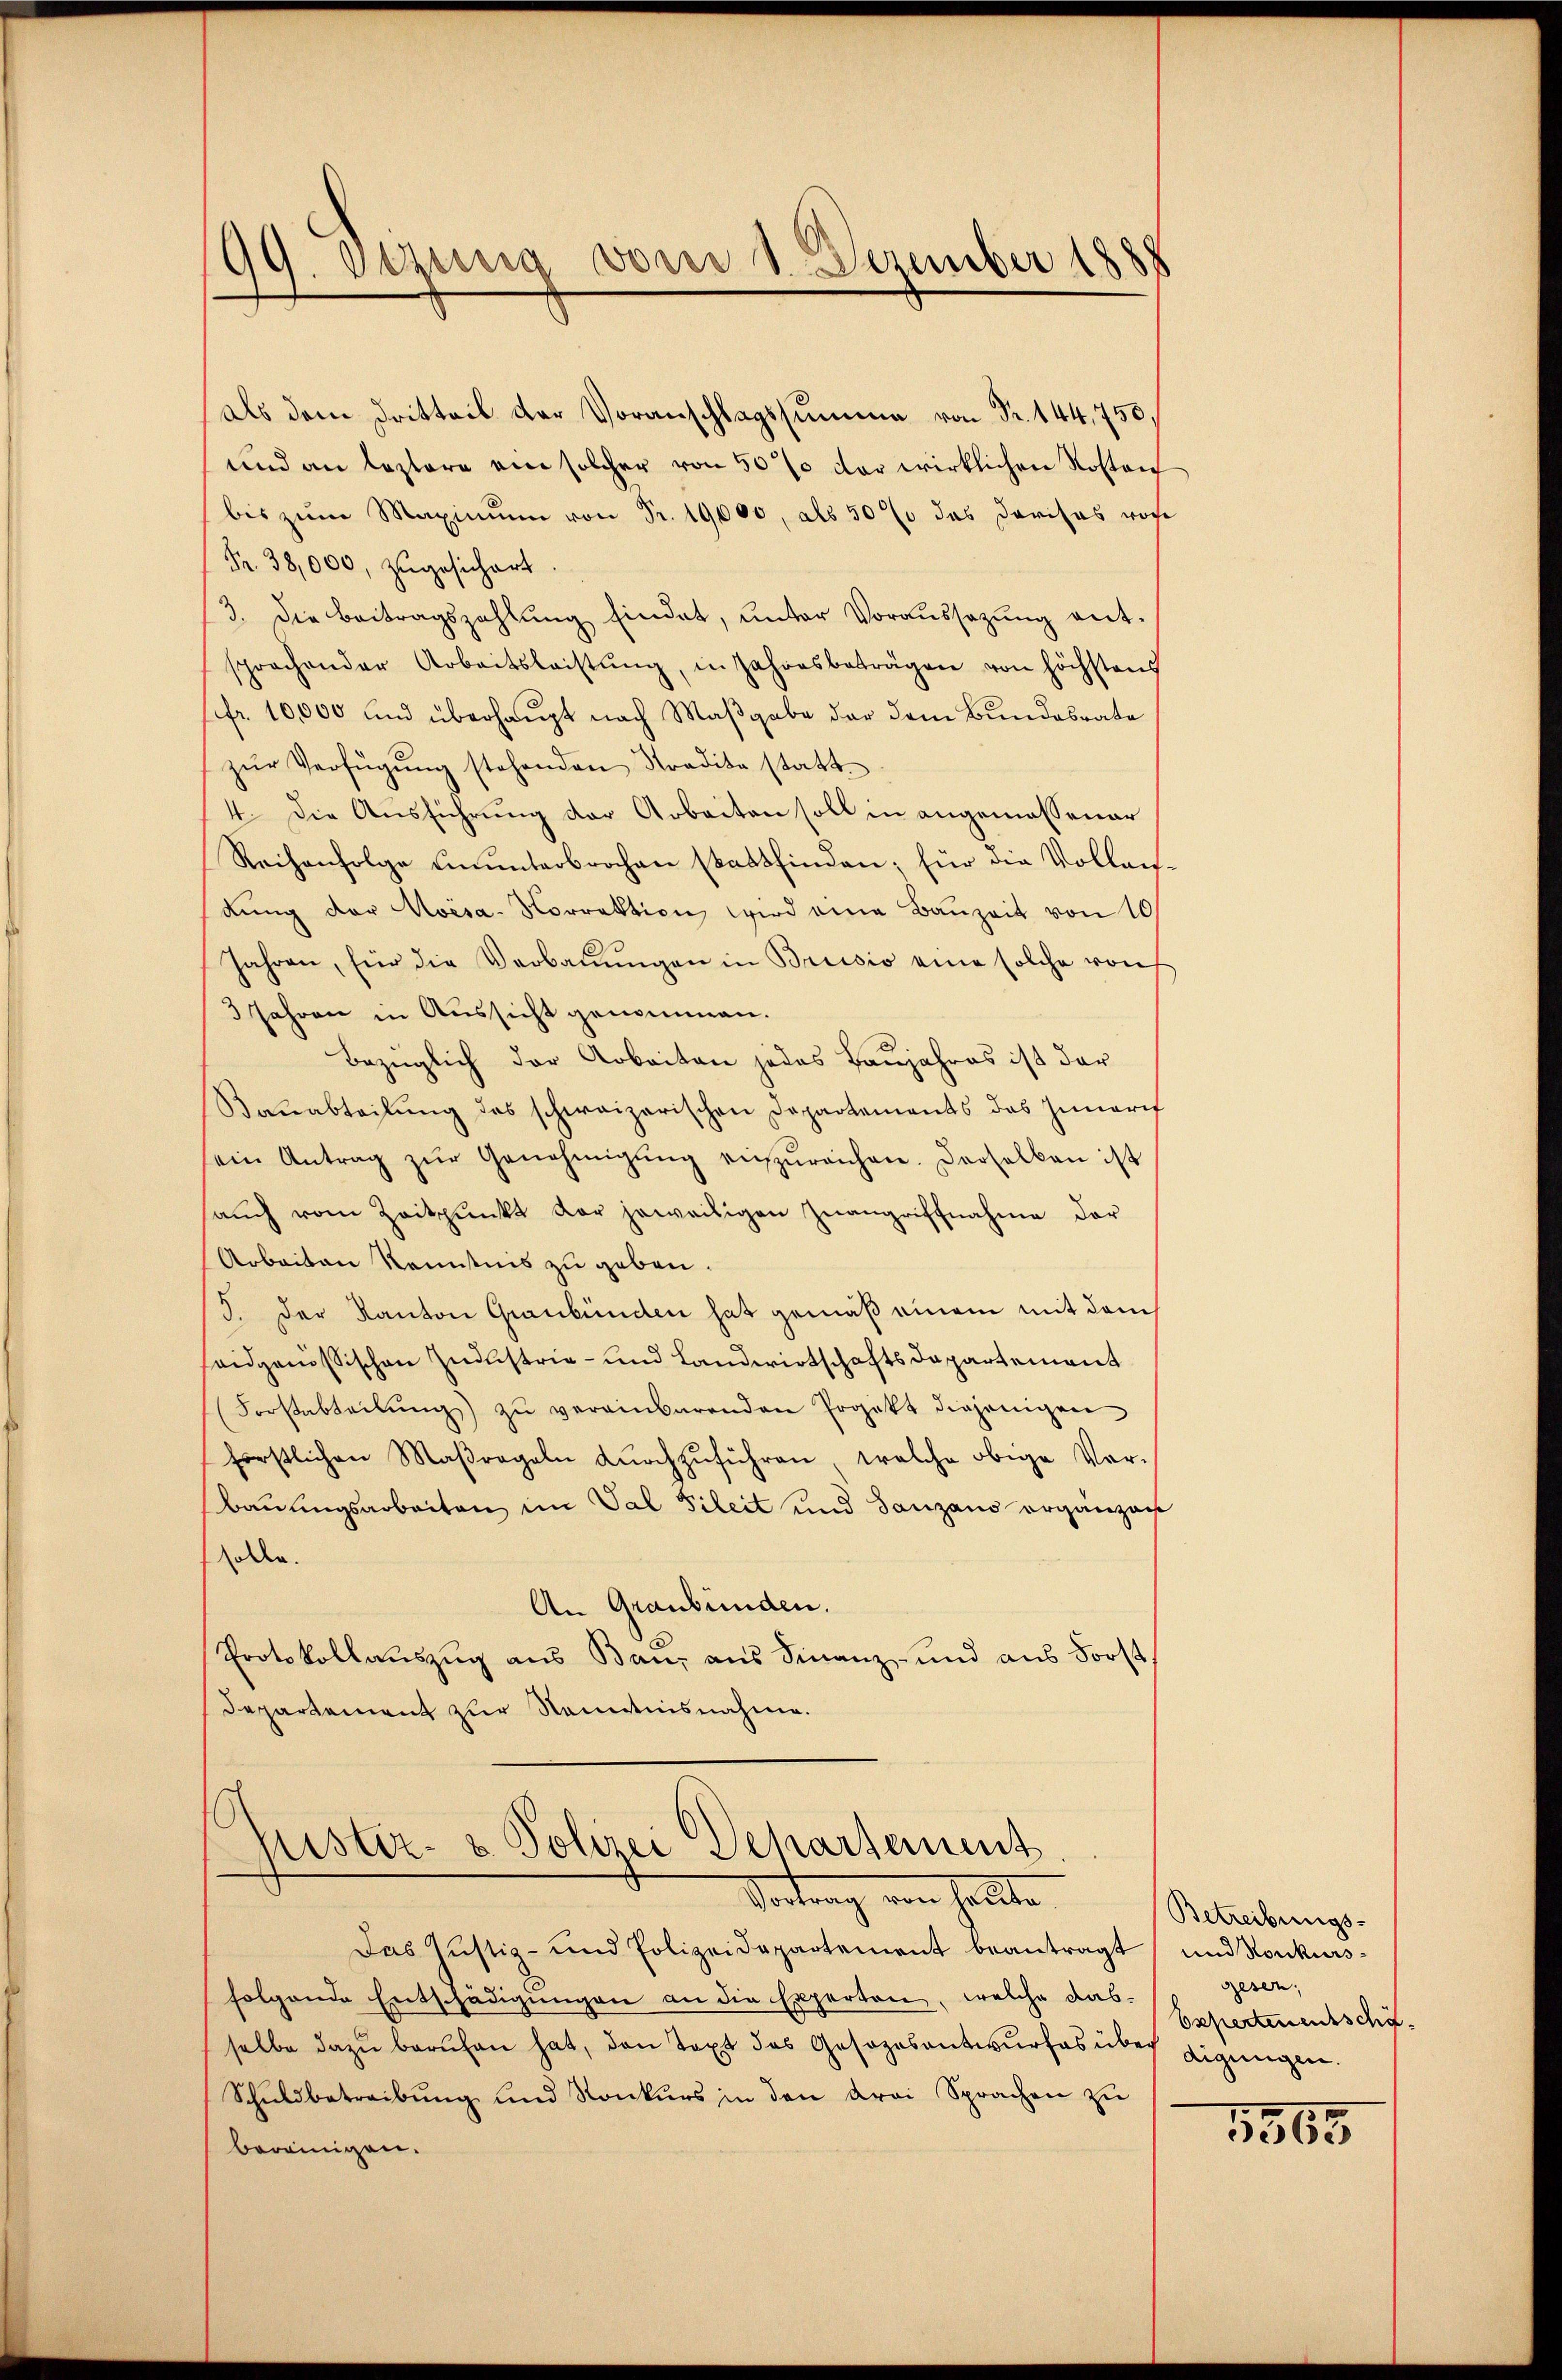
99. Seinig von 3. Dezember 1888

als dem Dritteil der Voranschlagssumme von Fr. 144,750,
und an leztere ein solcher von 50 % der wirklichen Kosten
bis zum Maximum von Fr. 19,000, als 50% das Dorisas rohe
Fr. 38,000, zugesichert.
3. Die Beitragszahlŭng findet, ŭnter Voraŭssezŭng ent-
sprochender Arbeitsleistŭng, in Jahresbeträgen von höchstens
fr. 10,000 und überhaupt nach Maβgabe der dem Bundesrate
zŭr Verfügŭng stehenden Stradita statt¬
4. Die Ausführung der Arbeiten soll in angemessener
Reihenfolge einŭnterbrochen stattfinden; für die Vollens-
dŭng der Koisa-Norrektion wird eine Baŭzeit von 10/
Jahren, für die Verbaŭŭngen in Brissio eine solche von
3 Jahren in Aussicht genommen.
bezüglich der Arbeiten jedes Baujahres ist der
Bauabteilŭng des schweizerischen Departements das Innerif
sein Antrag zŭr Genehmigŭng einzŭreichen. Derselben ist
saŭch vom Zeitpunkt der jeweiligen Zŭangriffnahme der
Arbeiten Kenntnis zu geben.
S. Der Kanton Graubünden hat gemäß einem mit dem
seidgenössischen Industria - und Landwirtschaftsdepartement
Forstabteilŭng zŭ vereinbarenden Projekt diejenigen
förstlichen Maßregeln dŭrchzŭführen, welche obige Vor¬
Bauungsarbeiten im Val Fileit und Tanzaus ergänzen
sollen.
An Graubünden.
Protokollauszug aus Bau, aus Finanz- und aus Forst
Departement zur Kenntnisnahme.
lister- & Polizei Departement
Vortrag von halte
Das Justiz- und Polizeidepartement beantragt, und Konkursfolgende Entschädigŭngen an die Experten, welche das-
selbe dazŭ beruhen hat, den Text des Gesezesantwurfes über digungen.
Schuldbetreibung und Konkurs in den drei Sprachen zu
bereinigen.

Betreibungs-
gesen;
Esperten entschä

1565